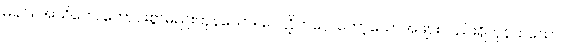
မိခင်။ အသိတေ၊ ကောင်းစွာမည်းကုန်သော။ ဝေလ္လိတဂ္ဂေ၊ ကော့သောအဖျားလည်းရှိကုန်ထသော။